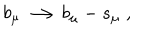
b _ { \mu } \longrightarrow b _ { \mu } - s _ { \mu } \; ,